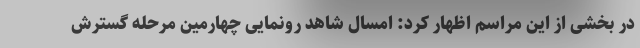
در بخشی از این مراسم اظهار کرد: امسال شاهد رونمایی چهارمین مرحله گسترش